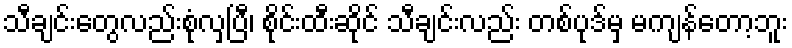
သီချင်းတွေလည်းစုံလှပြီ၊ စိုင်းထီးဆိုင် သီချင်းလည်း တစ်ပုဒ်မှ မကျန်တော့ဘူး